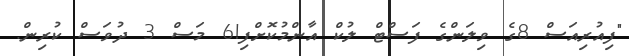
"ފިއުރިއަސް 8ގެ ވިލަންގެ ފަސްޓް ލުކް އާންމުކޮށްފި!6 މަސް 3 ދުވަސް ކުރިން.